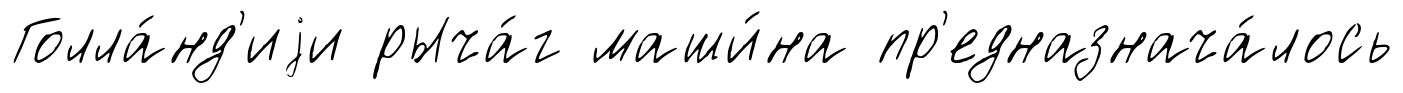
Голла́нд'иjи рыча́г маши́на пр'едназнача́лось